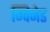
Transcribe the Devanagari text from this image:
ग्विनेड